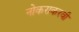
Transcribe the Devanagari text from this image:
नोकराकरवी